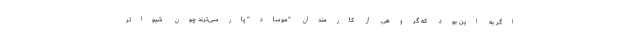
اگر به این بود که گروهی از کارمندان "موساد" پارسی‌ترند چون شیواتر